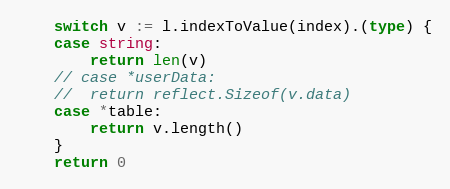
Language: Go
	switch v := l.indexToValue(index).(type) {
	case string:
		return len(v)
	// case *userData:
	// 	return reflect.Sizeof(v.data)
	case *table:
		return v.length()
	}
	return 0